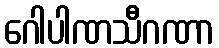
ဂေါပါဏသီဂဏာ